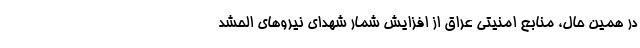
در همین حال، منابع امنیتی عراق از افزایش شمار شهدای نیروهای الحشد